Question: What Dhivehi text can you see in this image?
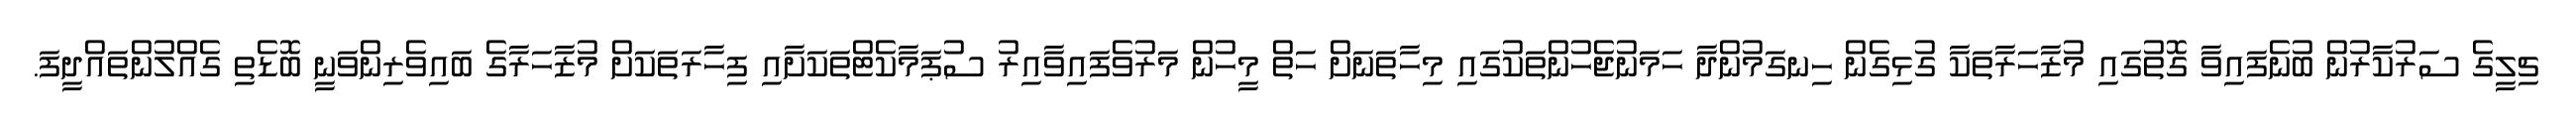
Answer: ޗިލީގެ ސަރުކާރުން ބުނެފައިވާ ގޮތުގައި މުޒާހަރާތަކާ ގުޅިގެން ހިނގަމުންދާ ހަމަނުޖެހުންތަކުގައި މިހާތަނަށް ހަތް މީހުން މަރުވެފައިވާއިރު ސުޕަމާކެޓްތަކަށާއި ފިހާރަތަކަށް މުޒާހަރާގެ ބައިވެރިންވަނީ ބޮޑެތި ގެއްލުންތައްދީފަ.